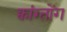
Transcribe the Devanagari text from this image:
क्वांग्तोंग